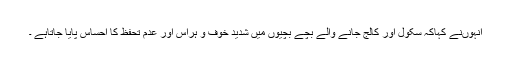
انہوںنے کہاکہ سکول اور کالج جانے والے بچے بچیوں میں شدید خوف و ہراس اور عدم تحفظ کا احساس پایا جاتاہے ۔